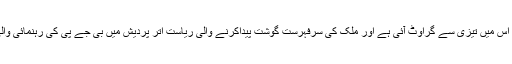
حالانکہ، 2014 میں بی جے پی حکومت کے اقتدار میں آنے کے بعد اس میں تیزی سے گراوٹ آئی ہے اور ملک کی سرفہرست گوشت پیداکرنے والی ریاست اتر پردیش میں بی جے پی کی رہنمائی والی حکومت کی کارروائی سے اس کاروبار کا مستقبل دھندلا ہو گیا ہے۔